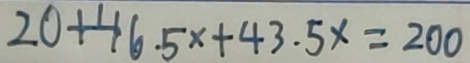
2 0 + 4 6 . 5 x + 4 3 . 5 x = 2 0 0